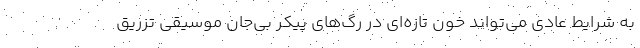
به شرایط عادی می‌تواند خون تازه‌ای در رگ‌های پیکر بی‌جان موسیقی تزریق